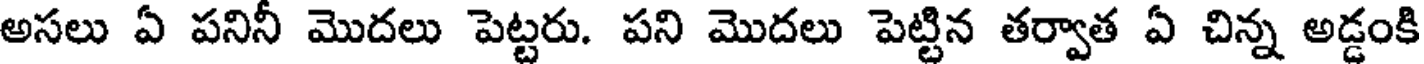
అసలు ఏ పనినీ మొదలు పెట్టరు. పని మొదలు పెట్టిన తర్వాత ఏ చిన్న అడ్డంకి